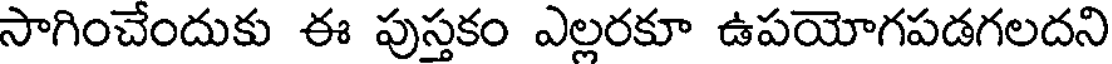
సాగించేందుకు ఈ పుస్తకం ఎల్లరకూ ఉపయోగపడగలదని